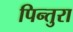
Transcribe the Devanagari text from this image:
पिन्तुरा